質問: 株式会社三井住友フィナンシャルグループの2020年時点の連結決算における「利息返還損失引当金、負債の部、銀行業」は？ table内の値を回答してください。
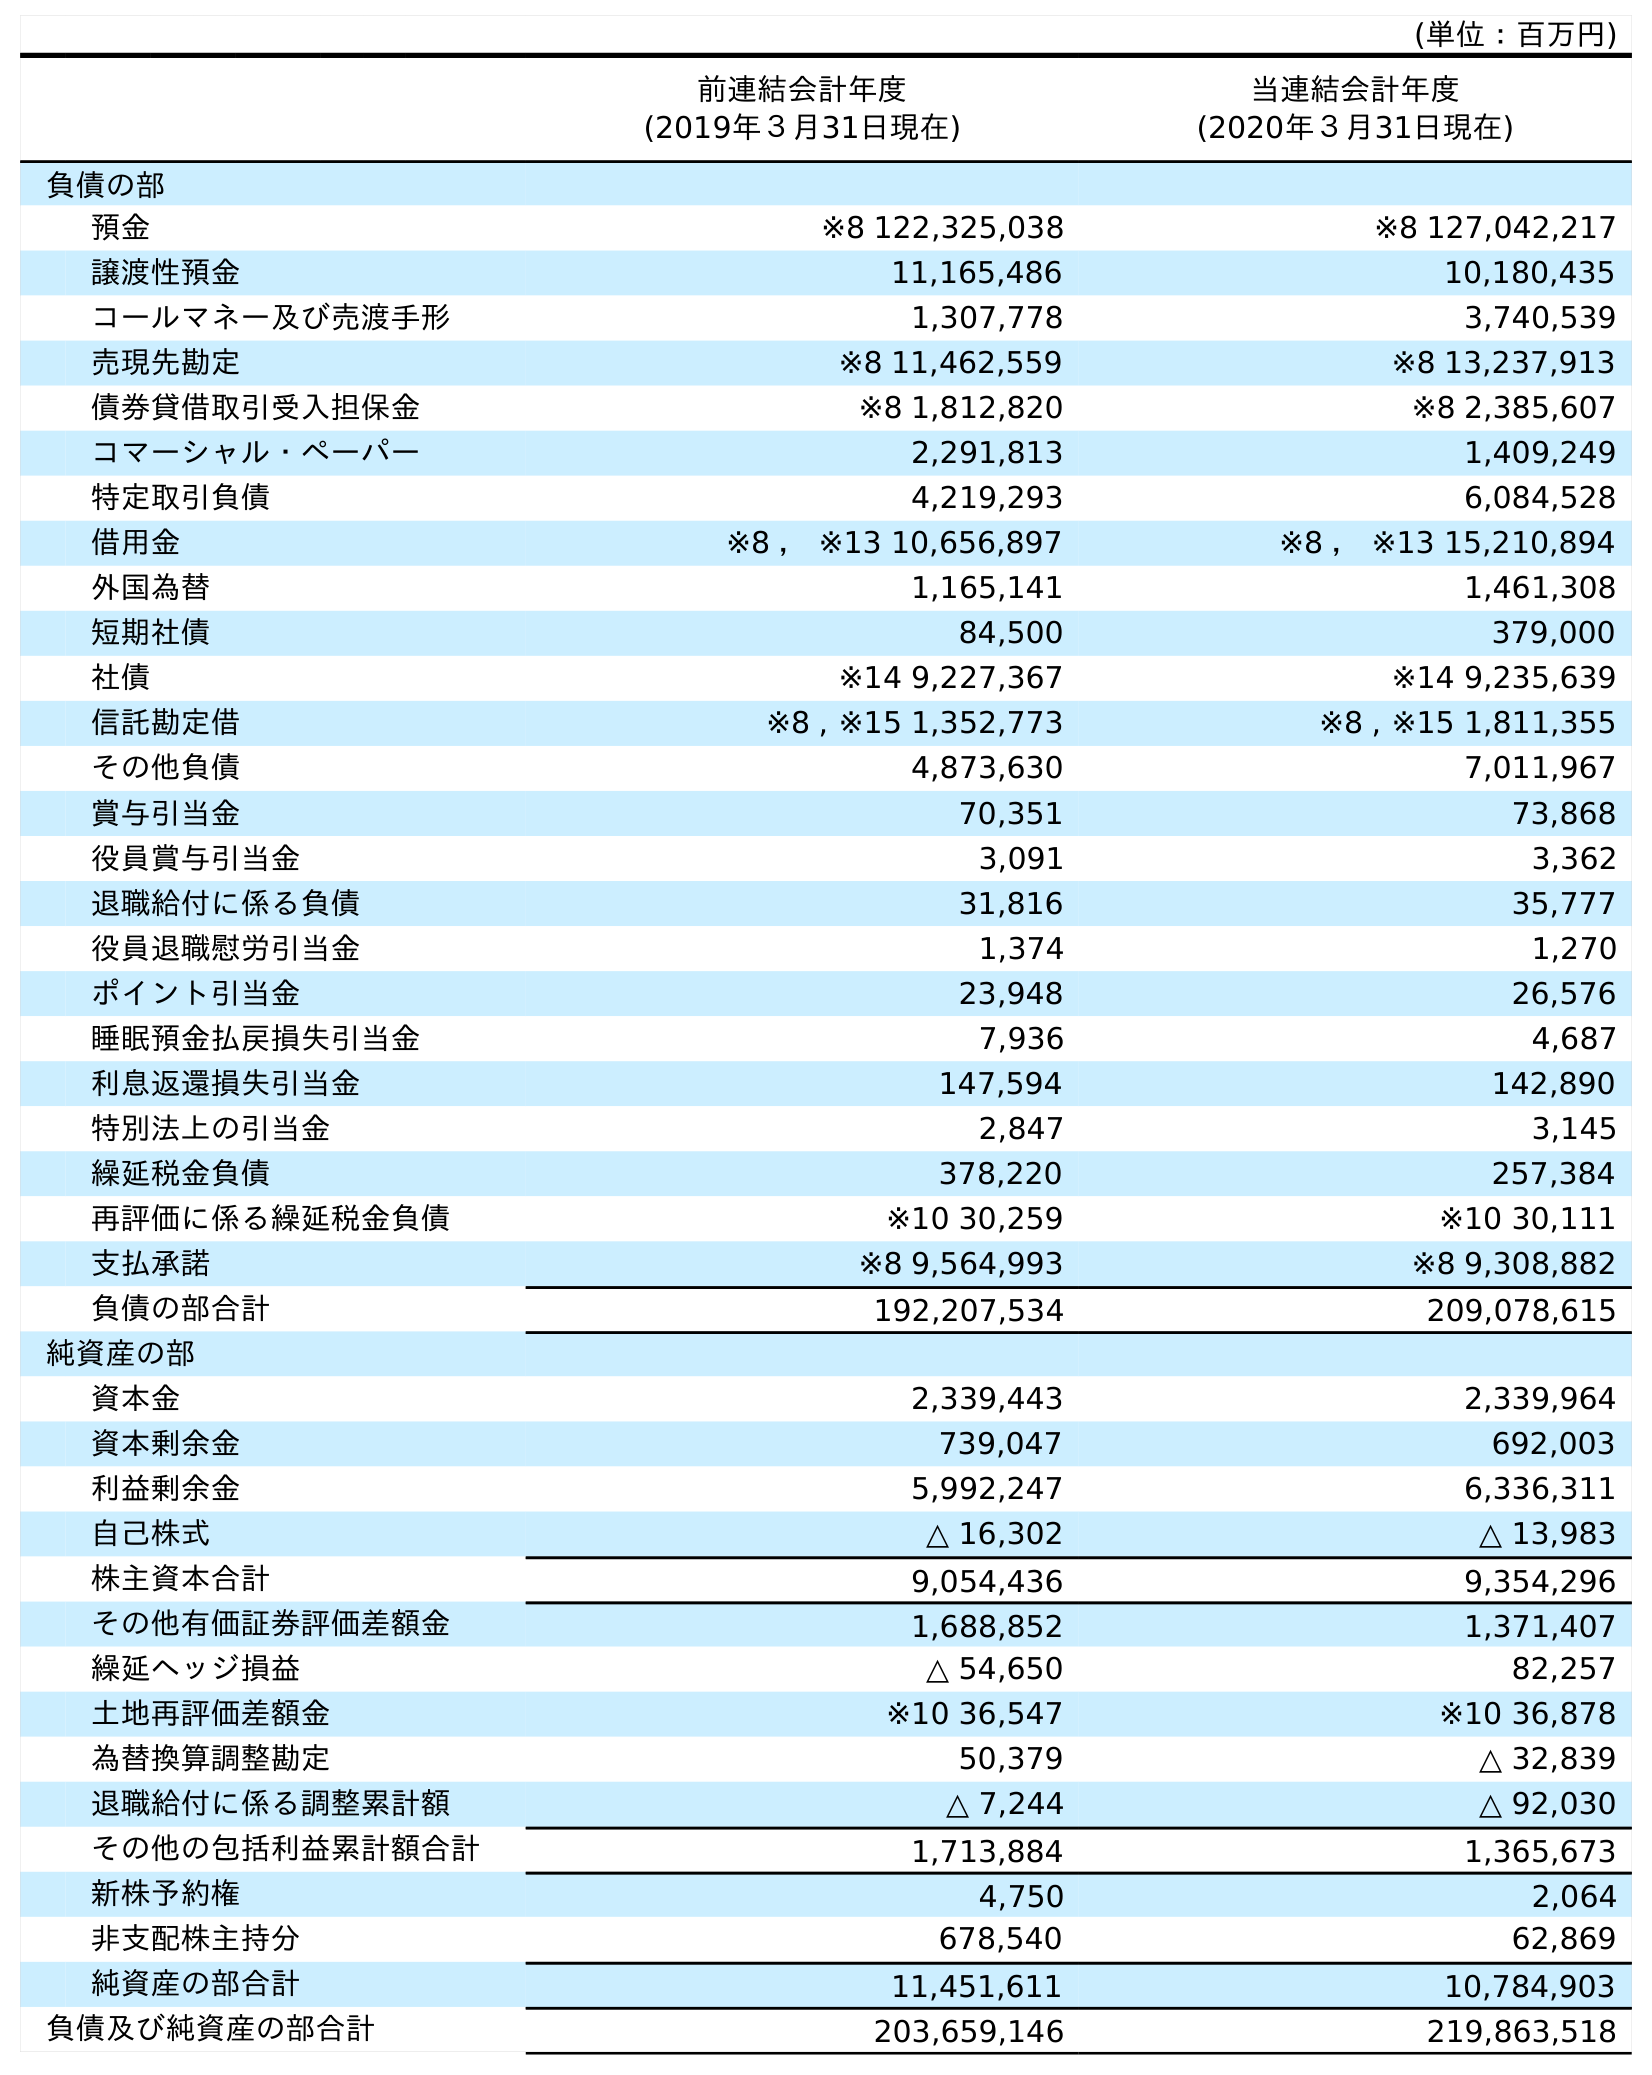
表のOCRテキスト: (単位：百万円) 前連結会計年度 (2019年３月31日現在) 当連結会計年度 (2020年３月31日現在) 負債の部 預金 ※8 122,325,038 ※8 127,042,217 譲渡性預金 11,165,486 10,180,435 コールマネー及び売渡手形 1,307,778 3,740,539 売現先勘定 ※8 11,462,559 ※8 13,237,913 債券貸借取引受入担保金 ※8 1,812,820 ※8 2,385,607 コマーシャル・ペーパー 2,291,813 1,409,249 特定取引負債 4,219,293 6,084,528 借用金 ※8 ， ※13 10,656,897 ※8 ， ※13 15,210,894 外国為替 1,165,141 1,461,308 短期社債 84,500 379,000 社債 ※14 9,227,367 ※14 9,235,639 信託勘定借 ※8 , ※15 1,352,773 ※8 , ※15 1,811,355 その他負債 4,873,630 7,011,967 賞与引当金 70,351 73,868 役員賞与引当金 3,091 3,362 退職給付に係る負債 31,816 35,777 役員退職慰労引当金 1,374 1,270 ポイント引当金 23,948 26,576 睡眠預金払戻損失引当金 7,936 4,687 利息返還損失引当金 147,594 142,890 特別法上の引当金 2,847 3,145 繰延税金負債 378,220 257,384 再評価に係る繰延税金負債 ※10 30,259 ※10 30,111 支払承諾 ※8 9,564,993 ※8 9,308,882 負債の部合計 192,207,534 209,078,615 純資産の部 資本金 2,339,443 2,339,964 資本剰余金 739,047 692,003 利益剰余金 5,992,247 6,336,311 自己株式 △ 16,302 △ 13,983 株主資本合計 9,054,436 9,354,296 その他有価証券評価差額金 1,688,852 1,371,407 繰延ヘッジ損益 △ 54,650 82,257 土地再評価差額金 ※10 36,547 ※10 36,878 為替換算調整勘定 50,379 △ 32,839 退職給付に係る調整累計額 △ 7,244 △ 92,030 その他の包括利益累計額合計 1,713,884 1,365,673 新株予約権 4,750 2,064 非支配株主持分 678,540 62,869 純資産の部合計 11,451,611 10,784,903 負債及び純資産の部合計 203,659,146 219,863,518
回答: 142,890